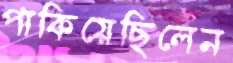
পাকিয়েছিলেন